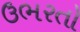
ઉભરતો